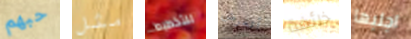
حبهم مثل للتخطيط أتعرض خائفة اجلبها